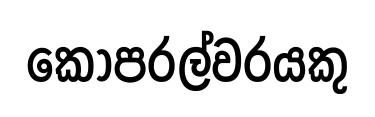
කෝපරල්වරයකු